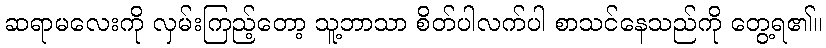
ဆရာမလေးကို လှမ်းကြည့်တော့ သူ့ဘာသာ စိတ်ပါလက်ပါ စာသင်နေသည်ကို တွေ့ရ၏။